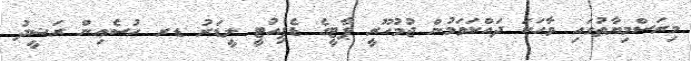
މިރަސްމިޔާތުގައި ވާހަކަ ދައްކަވަމުން ޖުމުހޫރީ ޕާޓީގެ ޑެޕިއުޓީ ލީޑަރު ޑރ ހުސެއިން ރަޝީދު